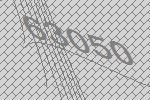
63050